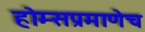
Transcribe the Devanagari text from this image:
होम्सप्रमाणेच